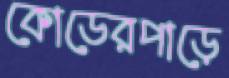
কোডেরপাড়ে